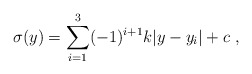
\begin{align*}\sigma (y) = \sum_{i=1}^{3} (-1)^{i+1} k |y-y_i| + c ~,~\,\end{align*}